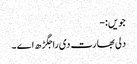
جویں:-
دلی بھارت دی راجگڑھ اے ۔